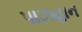
પાઝહાન